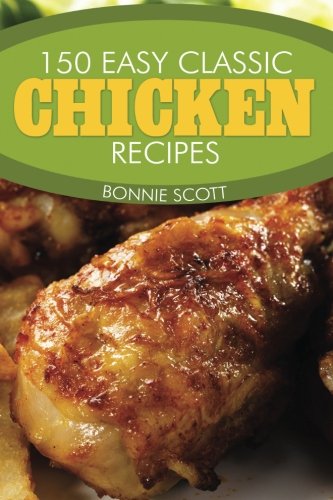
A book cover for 150 Easy Classic Chicken Recipes; Bonnie Scott; Cookbooks, Food & Wine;